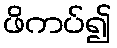
ဖိကပ်၍